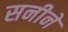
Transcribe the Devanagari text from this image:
सनीने